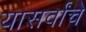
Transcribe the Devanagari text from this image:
यासर्वांचे